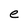
Character: e